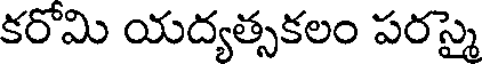
కరోమి యద్యత్సకలం పరస్మై